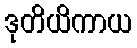
ဒုတိယိကာယ